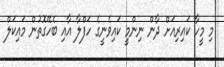
މި މީހާ ކައިރިއަށް ދާން ނިންމީ ކައިވެނީގެ ހަފްލާ އާއި ބެހޭގޮތުން މައިކަލް